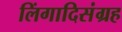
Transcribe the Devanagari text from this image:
लिंगादिसंग्रह